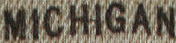
MICHIGAN